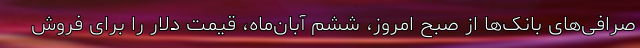
صرافی‌های بانک‌ها از صبح امروز، ششم آبان‌ماه، قیمت دلار را برای فروش